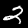
Label: 2